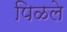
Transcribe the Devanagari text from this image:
पिळले